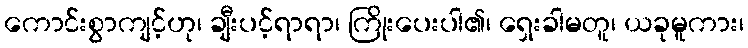
ကောင်းစွာကျင့်ဟု၊ ချီးပင့်ရာရာ၊ ကြိုးပေးပါ၏၊ ရှေးခါမတူ၊ ယခုမူကား၊